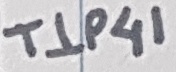
Text: TIP41